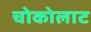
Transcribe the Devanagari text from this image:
चोकोलाट